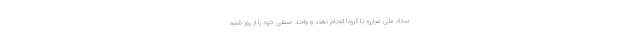
ستاد ملی مبارزه با کرونا انجام دهند و واحد صنفی خود را از روز شنبه